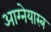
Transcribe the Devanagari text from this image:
आग्‍नेयास्‍त्र